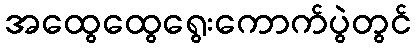
အထွေထွေရွေးကောက်ပွဲတွင်